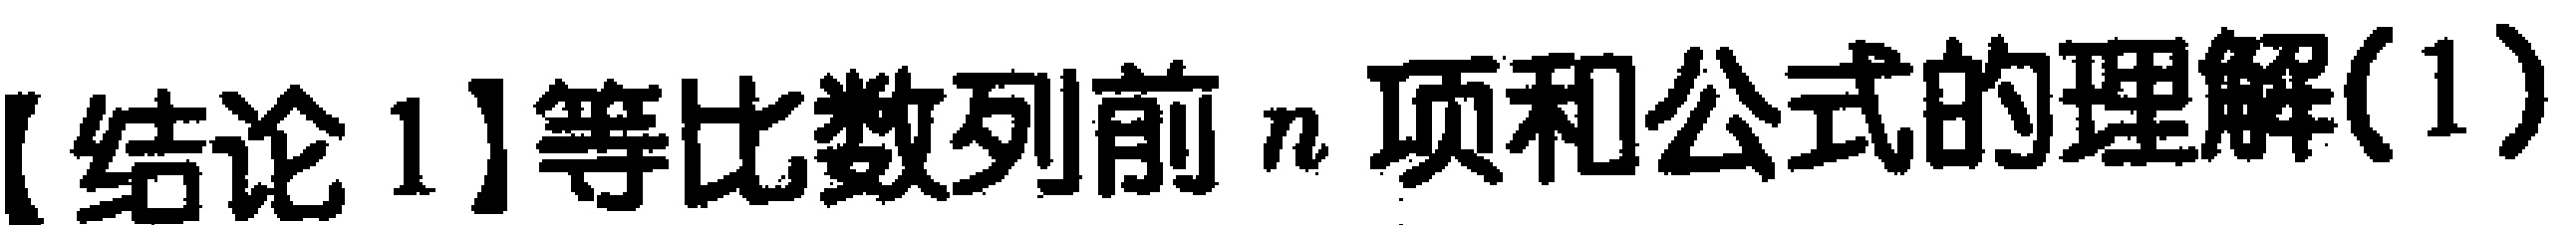
【结论 1】等比数列前 \(n\) 项和公式的理解(1)